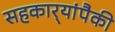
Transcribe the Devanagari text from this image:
सहकार्‍यांपैकी